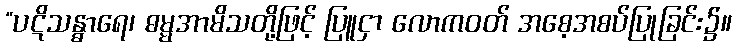
“ပဋိသန္ဓာရေ၊ ဓမ္မအာမိသတို့ဖြင့် ပြူငှာ လောကဝတ် အစေ့အစပ်ပြုခြင်း၌။